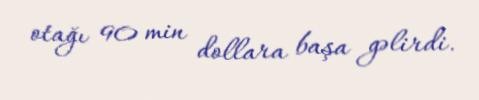
otağı 90 min dollara başa gəlirdi.